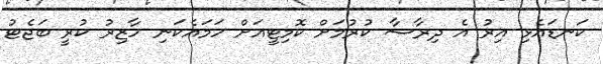
ކަނޑައެޅި އިރު އެ ދިރާސާ ކުރުމަށް ކޮމިޓީއަށް ހަމައެކަނި ހާޒިރު ކުރީ ބަޖެޓު